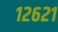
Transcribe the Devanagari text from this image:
१२६२१